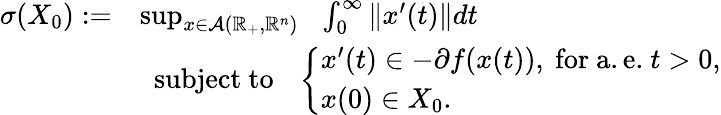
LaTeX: \begin{array}{rl}{\sigma(X_{0}):=}&{\operatorname*{sup}_{x\in\mathcal{A}(\mathbb{R}_{+},\mathbb{R}^{n})}~~\int_{0}^{\infty}\| x^{\prime}(t)\| dt}\\ &{~~\mathrm{subject~to}~~~\left\{ \begin{array}{l}{x^{\prime}(t)\in-\partial f(x(t)),~\mathrm{for~a.e.}~t>0,}\\ {x(0)\in X_{0}.}\end{array}\right.}\end{array}